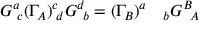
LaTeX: G ^ { a } \! _ { c } ( \Gamma _ { A } ) ^ { c } \! _ { d } G ^ { d } \! _ { b } = ( \Gamma _ { B } ) ^ { a } \quad _ { b } G ^ { B } \! _ { A }